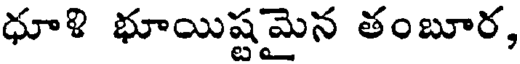
ధూళి భూయిష్టమైన తంబూర,